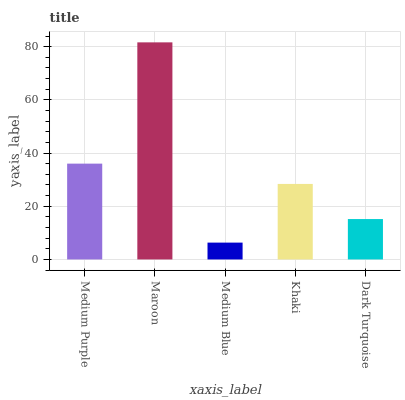
| xaxis_label | bars |
 | --- | --- |
 | Medium Purple | 36 |
 | Maroon | 81.6 |
 | Medium Blue | 6.34 |
 | Khaki | 28.4 |
 | Dark Turquoise | 15.2 |